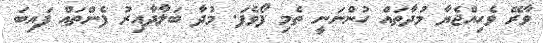
ވާރޭ ވެހިއްޖެޔާ މުދާތައް ހުންނަނީ ތެމި ފޯވެފަ. މުދާ ބަލާދާއިރު ފެންތައް ފައިބަ